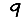
Digit: 9